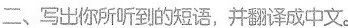
二、写出你所听到的短语，并翻译成中文。